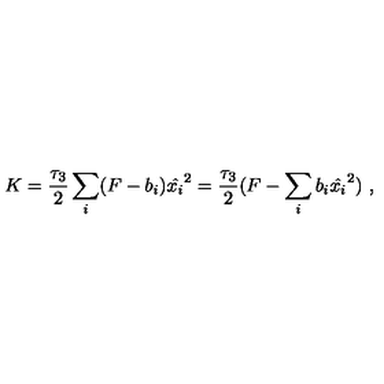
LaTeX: K = { \frac { \tau _ { 3 } } { 2 } } \sum _ { i } ( F - b _ { i } ) \hat { x _ { i } } ^ { 2 } = { \frac { \tau _ { 3 } } { 2 } } ( F - \sum _ { i } b _ { i } \hat { x _ { i } } ^ { 2 } ) \ ,